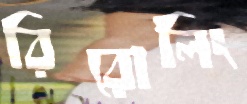
রিরোলিং